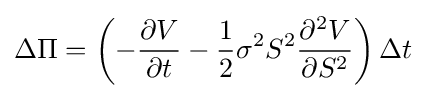
\Delta \Pi =\left(-{\frac {\partial V}{\partial t}}-{\frac {1}{2}}\sigma ^{2}S^{2}{\frac {\partial ^{2}V}{\partial S^{2}}}\right)\Delta t